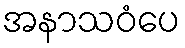
အနာသဝံပေ